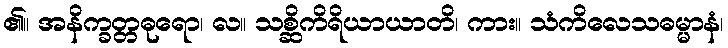
၏။ အနိက္ခတ္တဓုရော၊ လ။ သစ္ဆိကိရိယာယာတိ၊ ကား။ သံကိလေသဓမ္မာနံ၊